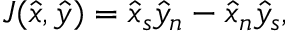
J ( \hat { x } , \hat { y } ) = \hat { x } _ { s } \hat { y } _ { n } - \hat { x } _ { n } \hat { y } _ { s } ,